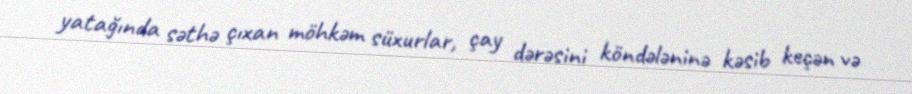
yatağında səthə çıxan möhkəm süxurlar, çay dərəsini köndələninə kəsib keçən və